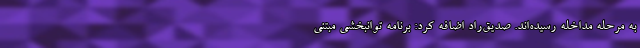
به مرحله مداخله رسیده‌اند. صدیق‌راد اضافه کرد: برنامه توانبخشی مبتنی